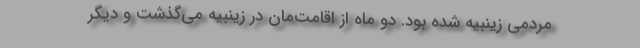
مردمی زینبیه شده بود. دو ماه از اقامت‌مان در زینبیه می‌گذشت و دیگر